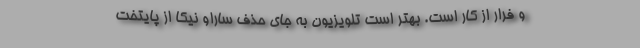
و فرار از کار است. بهتر است تلویزیون به جای حذف ساراو نیکا از پایتخت